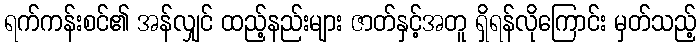
ရက်ကန်းစင်၏ အန်လျှင် ထည့်နည်းများ ဇာတ်နှင့်အတူ ရှိရန်လိုကြောင်း မှတ်သည့်